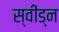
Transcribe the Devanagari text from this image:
स्वीड्न